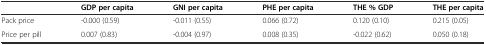
|  | GDP per capita | GNI per capita | PHE per capita | THE % GDP | THE per capita |
 | --- | --- | --- | --- | --- | --- |
 | Pack price | -0.000 (0.59) | -0.011 (0.55) | 0.066 (0.72) | 0.120 (0.10) | 0.215 (0.05) |
 | Price per pill | 0.007 (0.83) | -0.004 (0.97) | 0.008 (0.35) | -0.022 (0.62) | 0.050 (0.18) |